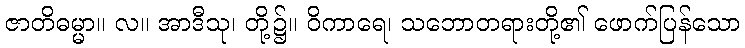
ဇာတိဓမ္မာ။ လ။ အာဒီသု၊ တို့၌။ ဝိကာရေ၊ သဘောတရားတို့၏ ဖောက်ပြန်သော